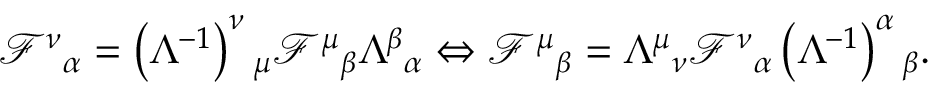
\mathcal { F } ^ { \nu } { } _ { \alpha } = \left( \Lambda ^ { - 1 } \right) ^ { \nu } { } _ { \mu } \mathcal { F } ^ { \mu } { } _ { \beta } \Lambda ^ { \beta } { } _ { \alpha } \Leftrightarrow \mathcal { F } ^ { \mu } { } _ { \beta } = \Lambda ^ { \mu } { } _ { \nu } \mathcal { F } ^ { \nu } { } _ { \alpha } \left( \Lambda ^ { - 1 } \right) ^ { \alpha } { } _ { \beta } .